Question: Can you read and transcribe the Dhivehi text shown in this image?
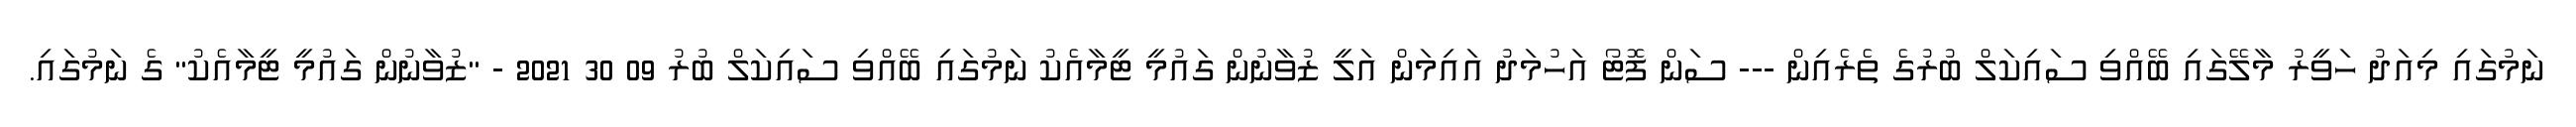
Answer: ނަމުގައި މިއަދު ހަވީރު މާލޭގައި ބޭއްވި ސައިކަލް ބުރުގެ ތެރެއިން --- ސަން ފޮޓޯ އަހުމަދު އައިމަން އަލީ ޒުވާނުން ގައުމީ ޓީމާއެކު ނަމުގައި ބޭއްވި ސައިކަލް ބުރު 09 30 2021 - "ޒުވާނުން ގައުމީ ޓީމާއެކު" ގެ ނަމުގައި.